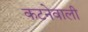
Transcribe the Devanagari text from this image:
कटनेवाली